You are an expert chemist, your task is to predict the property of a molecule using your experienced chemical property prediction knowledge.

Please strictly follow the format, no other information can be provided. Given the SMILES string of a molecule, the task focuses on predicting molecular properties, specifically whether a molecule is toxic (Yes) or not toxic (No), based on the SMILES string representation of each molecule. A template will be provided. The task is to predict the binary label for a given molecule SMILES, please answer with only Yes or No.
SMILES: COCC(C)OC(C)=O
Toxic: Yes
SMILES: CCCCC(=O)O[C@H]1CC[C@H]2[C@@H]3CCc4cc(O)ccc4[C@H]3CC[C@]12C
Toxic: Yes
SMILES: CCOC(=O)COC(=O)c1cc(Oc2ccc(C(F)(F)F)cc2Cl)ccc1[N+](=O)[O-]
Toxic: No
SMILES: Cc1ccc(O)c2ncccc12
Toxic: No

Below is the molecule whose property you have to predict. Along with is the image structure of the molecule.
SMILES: CCCCCCCCSCCO
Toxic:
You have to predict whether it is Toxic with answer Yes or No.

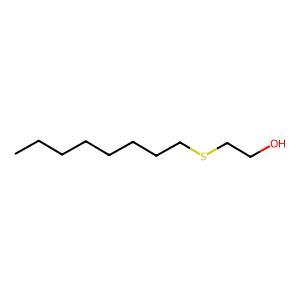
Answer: No